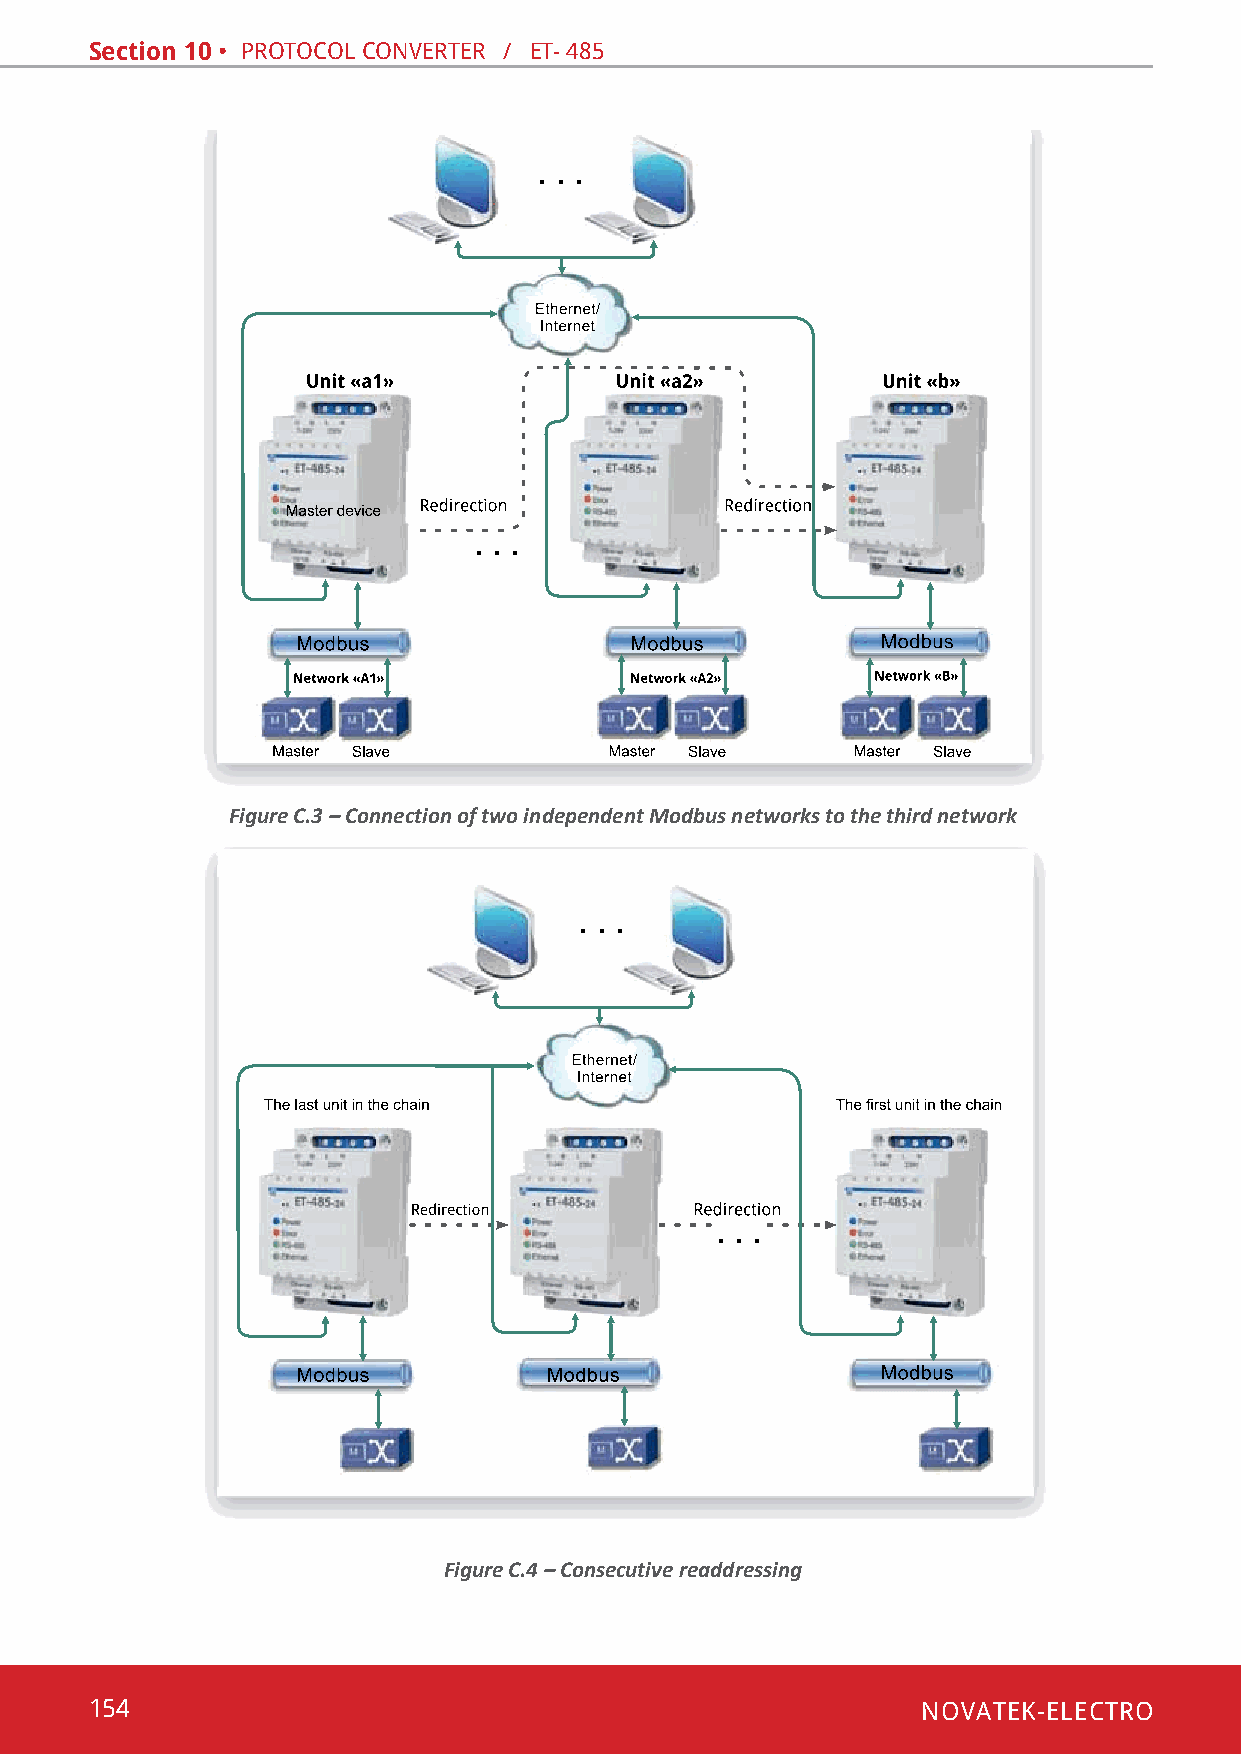
Section 10 • pRotocol conveRteR / ЕТ- 485
 Figure C.3 – Connection of two independent Modbus networks to the third network
 Figure C.4 – Consecutive readdressing
 154                                                    NOVATEK-ELECTRO